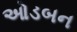
ઓડબન